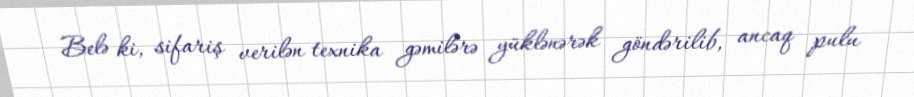
Belə ki, sifariş verilən texnika gəmilərə yüklənərək göndərilib, ancaq pulu